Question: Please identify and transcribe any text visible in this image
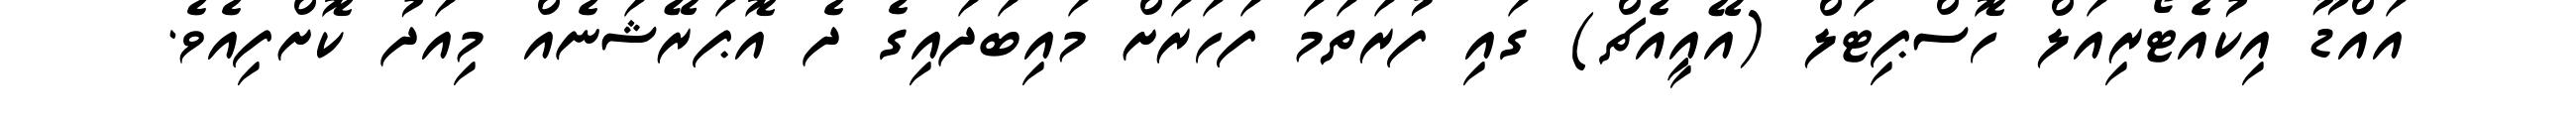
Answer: އައްޑޫ އިކުއެޓޯރިއަލް ހޮސްޕިޓަލް (އޭއީއެޗް) ގައި ފުރަތަމަ ފަހަރަށް މައިބަދައިގެ ދެ އޮޕަރޭޝަނެއް މިއަދު ކޮށްފިއެވެ.